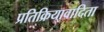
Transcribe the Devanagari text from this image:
प्रतिक्रियावादिता